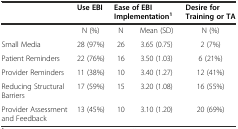
<table><thead><tr><td></td><td><b>Use EBI</b></td><td colspan="2"><b>Ease of EBI Implementation<sup>1</sup></b></td><td><b>Desire for Training or TA</b></td></tr></thead><tbody><tr><td></td><td>N (%)</td><td>N</td><td>Mean (SD)</td><td>N (%)</td></tr><tr><td>Small Media</td><td>28 (97%)</td><td>26</td><td>3.65 (0.75)</td><td>2 (7%)</td></tr><tr><td>Patient Reminders</td><td>22 (76%)</td><td>16</td><td>3.50 (1.03)</td><td>6 (21%)</td></tr><tr><td>Provider Reminders</td><td>11 (38%)</td><td>10</td><td>3.40 (1.27)</td><td>12 (41%)</td></tr><tr><td>Reducing Structural Barriers</td><td>17 (59%)</td><td>15</td><td>3.20 (1.08)</td><td>16 (55%)</td></tr><tr><td>Provider Assessment and Feedback</td><td>13 (45%)</td><td>10</td><td>3.10 (1.20)</td><td>20 (69%)</td></tr></tbody></table>